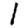
Digit: 1